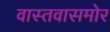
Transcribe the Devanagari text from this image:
वास्तवासमोर